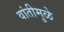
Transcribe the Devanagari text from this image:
वांतीमुळे